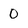
Character: 0